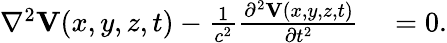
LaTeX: \begin{array}{rl}{\nabla^{2}{\mathbf V}(x,y,z,t)-\frac{1}{c^{2}}\frac{\partial^{2}{\mathbf V}(x,y,z,t)}{\partial t^{2}}}&{{}=0.}\end{array}